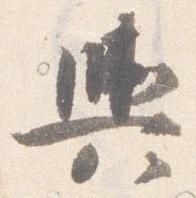
輿